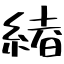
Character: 緖